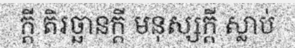
ក្តី តិរច្ឆានក្តី មនុស្សក្តី ស្លាប់